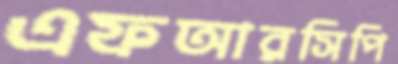
এফআরসিপি